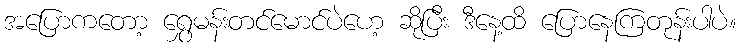
အပြောကတော့ ရွှေမန်းတင်မောင်ပဲဟေ့ ဆိုပြီး ဒီနေ့ထိ ပြောနေကြတုန်းပါပဲ။